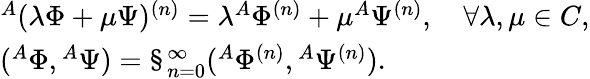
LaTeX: \begin{array}{l}{{{}^{A}(\lambda\Phi+\mu\Psi)^{(n)}=\lambda{}^{A}\Phi^{(n)}+\mu{}^{A}\Psi^{(n)},\quad\forall\lambda,\mu\in C,}}\\ {{({}^{A}\Phi,{}^{A}\Psi)=\S_{n=0}^{\infty}({}^{A}\Phi^{(n)},{}^{A}\Psi^{(n)}).}}\end{array}